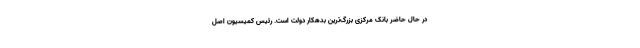
در حال حاضر بانک مرکزی بزرگ‌ترین بدهکار دولت است. رئیس کمیسیون اصل